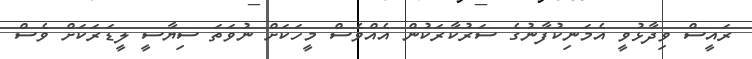
ރައީސް ވިދާޅުވީ އެމަނިކުފާނުގެ ސަރުކާރަކުން އެއްވެސް މީހަކަށް ނުވަތަ ސިޔާސީ ލީޑަރަކަށް ވެސް